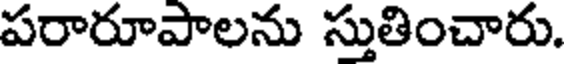
పరారూపాలను స్తుతించారు.